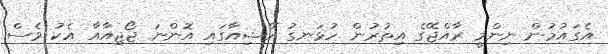
އެގައުމުން ނިންމީ ރާއްޖޭގެ އިތުރުން ހުޅަނގު އޭޝިއާގައި އޮންނަ ޖޯޖިއާއާ އެކު ވެސް